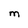
Character: M